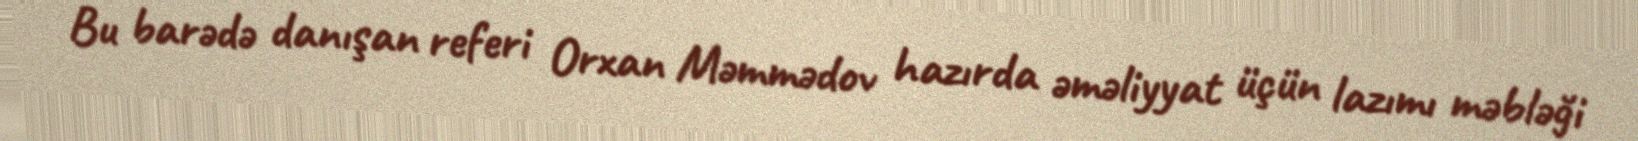
Bu barədə danışan referi Orxan Məmmədov hazırda əməliyyat üçün lazımı məbləği